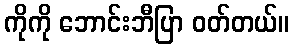
ကိုကို ဘောင်းဘီပြာ ဝတ်တယ်။